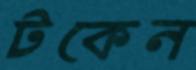
টকেন